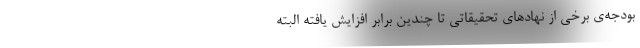
بودجه‌ی برخی از نهادهای تحقیقاتی تا چندین برابر افزایش یافته البته